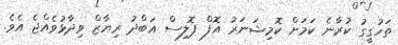
ތަހުގީގު ކުރާނެ ކަމަށް ކޮމިޝަނަރު އޮފް ޕޮލިސް އަބްދު ރިޔާޒް ވިދާޅުވެއްޖެ އެވެ.